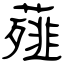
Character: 薤